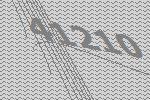
41210